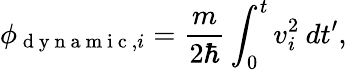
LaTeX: \phi_{\mathrm{~d~y~n~a~m~i~c~},i}=\frac{m}{2\hbar}\int_{0}^{t}v_{i}^{2}\: dt^{\prime},